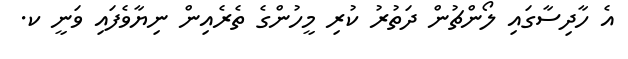
އެ ހާދިސާގައި ލޯންޗުން ދަތުރު ކުރި މީހުންގެ ތެރެއިން ނިޔާވެފައި ވަނީ ކ.